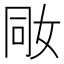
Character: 𡜝